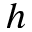
h